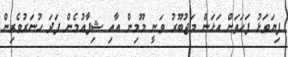
ފިޔަވަޅު ފަހަތަށް އަޅަން މަޖުބޫރު ވަނީ މޫމިން އާއި ޝިފާއުމެން ފަދަ ހުނަރުވެރިން